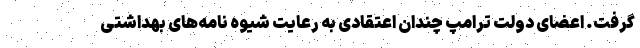
گرفت. اعضای دولت ترامپ چندان اعتقادی به رعایت شیوه نامه‌های بهداشتی